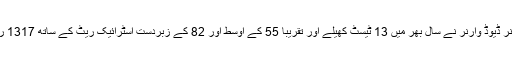
آسٹریلیا کے جارح مزاج اوپنر ڈیوڈ وارنر نے سال بھر میں 13 ٹیسٹ کھیلے اور تقریباً 55 کے اوسط اور 82 کے زبردست اسٹرائیک ریٹ کے ساتھ 1317 رنز بنانے میں کامیاب رہے۔